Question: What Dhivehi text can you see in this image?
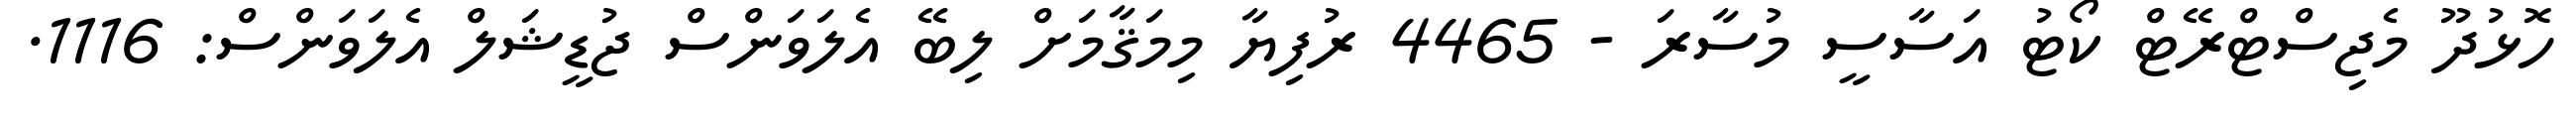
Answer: ހޮޅުދޫ މެޖިސްޓްރޭޓް ކޯޓު އަސާސީ މުސާރަ - 4465 ރުފިޔާ މިމަޤާމަށް ލިބޭ އެލަވަންސް ޖުޑީޝަލް އެލަވަންސް: 1116.